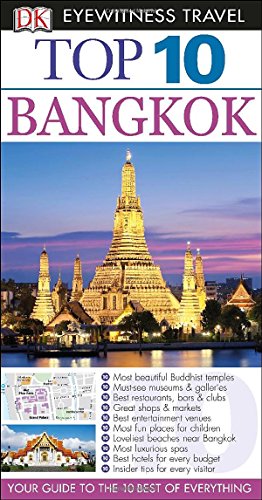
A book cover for Top 10 Bangkok (Eyewitness Top 10 Travel Guide); Ron Emmons; Travel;